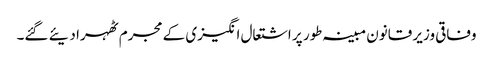
وفاقی وزیر قانون مبینہ طور پر اشتعال انگیزی کے مجرم ٹھہرا دیئے گئے۔